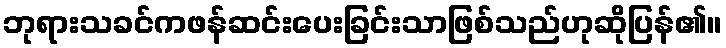
ဘုရားသခင်ကဖန်ဆင်းပေးခြင်းသာဖြစ်သည်ဟုဆိုပြန်၏။